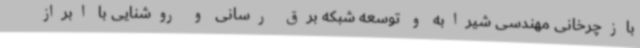
بازچرخانی مهندسی شیرابه و توسعه شبکه برق رسانی و روشنایی با ابراز